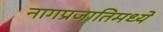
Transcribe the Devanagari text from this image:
नागप्रजातिमध्ये